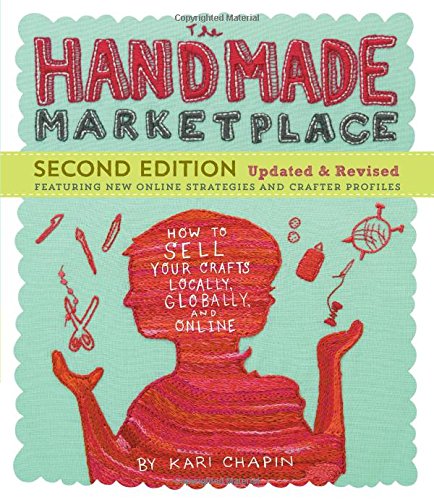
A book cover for The Handmade Marketplace, 2nd Edition: How to Sell Your Crafts Locally, Globally, and Online; Kari Chapin; Crafts, Hobbies & Home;